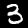
Label: 3